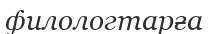
филологтарға